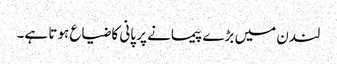
لندن میں بڑے پیمانے پر پانی کا ضیاع ہوتا ہے۔